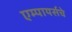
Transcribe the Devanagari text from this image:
एम्पायर्सचे